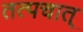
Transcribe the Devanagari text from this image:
तत्पचात्